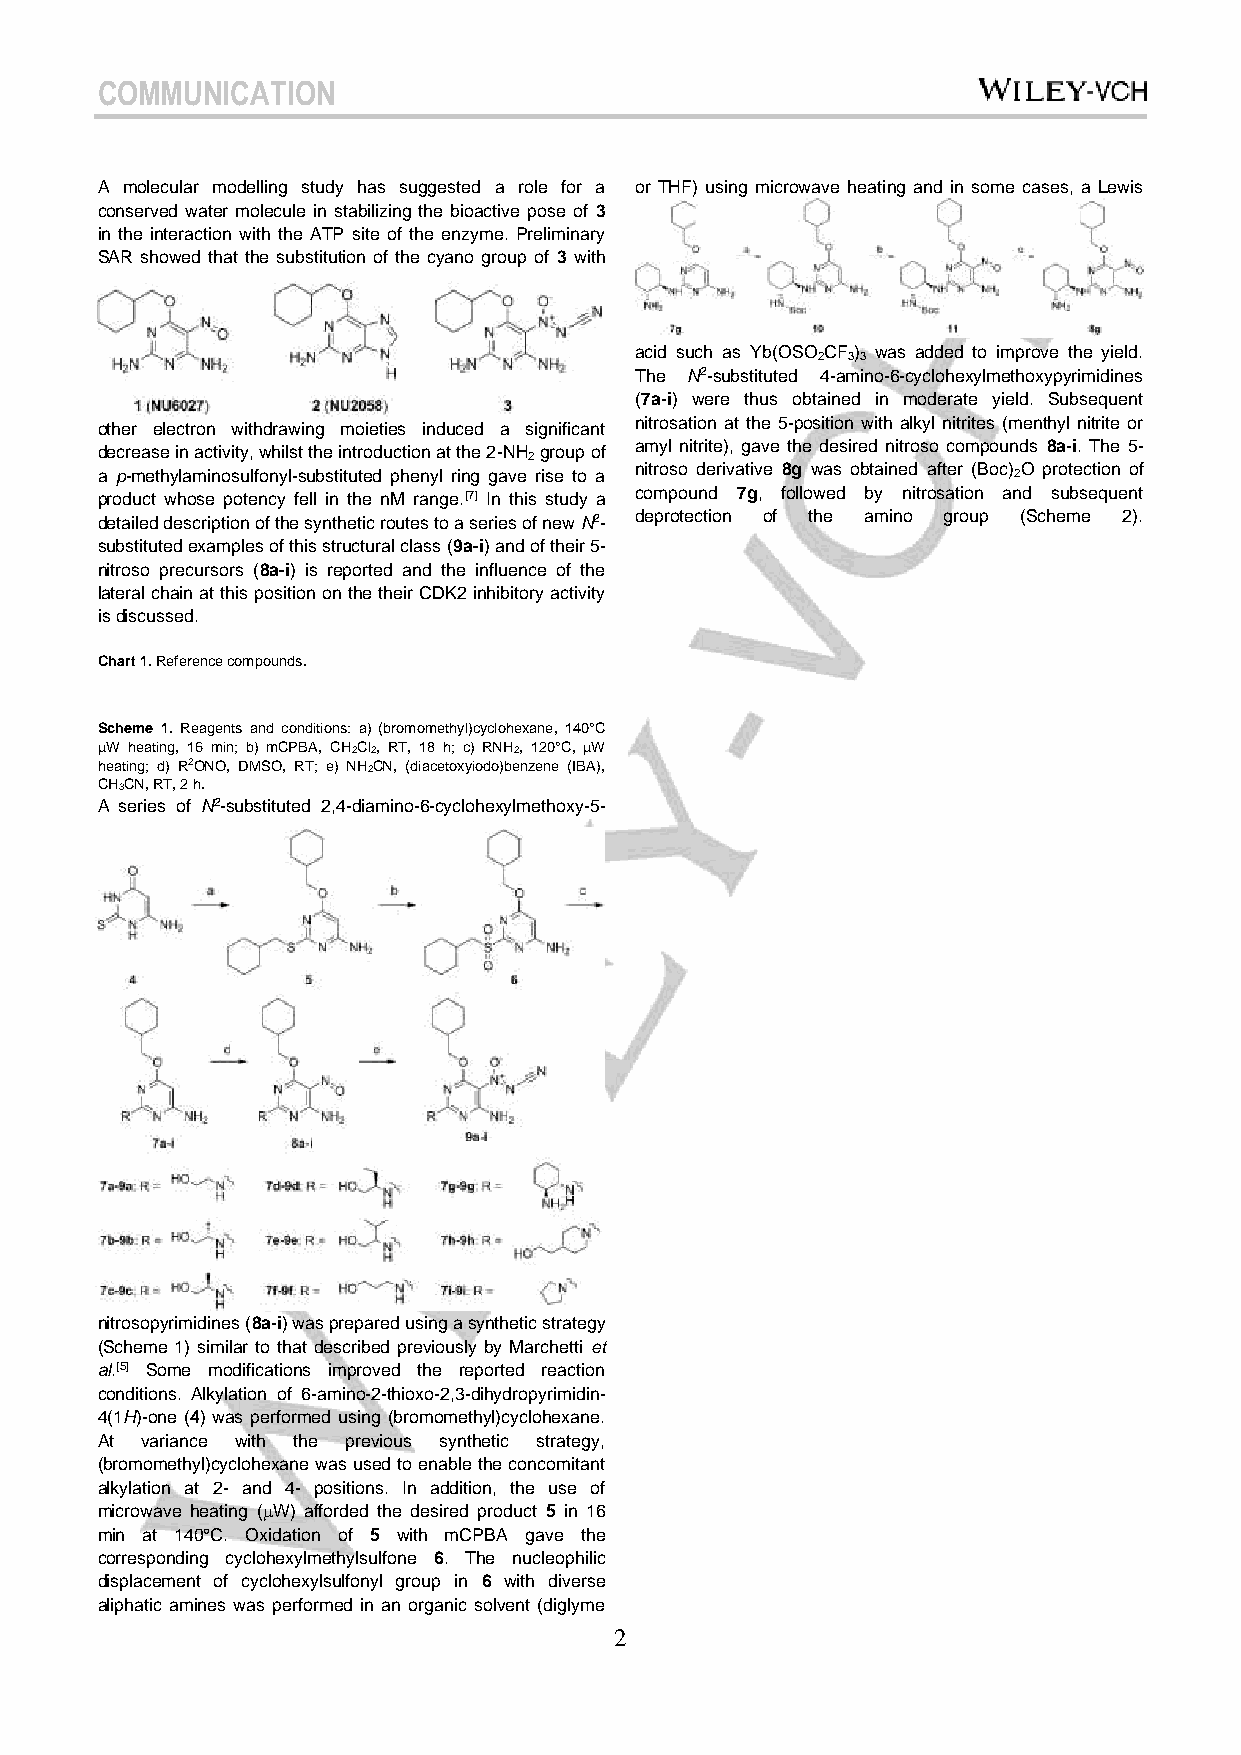
COMMUNICATION
 A molecular modelling study has suggested a role for a or THF) using microwave heating and in some cases, a Lewis
 conserved water molecule in stabilizing the bioactive pose of 3
 in the interaction with the ATP site of the enzyme. Preliminary
 SAR showed that the substitution of the cyano group of 3 with
 acid such as Yb(OSO CF ) was added to improve the yield.
 2 33
 The N2-substituted 4-amino-6-cyclohexylmethoxypyrimidines
 (7a-i) were thus obtained in moderate yield. Subsequent
 other electron withdrawing moieties induced a significant nitrosation at the 5-position with alkyl nitrites (menthyl nitrite or
 amyl nitrite), gave the desired nitroso compounds 8a-i. The 5-
 decrease in activity, whilst the introduction at the 2-NH group of
 2
 nitroso derivative 8g was obtained after (Boc) O protection of
 a p-methylaminosulfonyl-substituted phenyl ring gave rise to a 2
 product whose potency fell in the nM range.[7] In this study a compound 7g, followed by nitrosation and subsequent
 detailed description of the synthetic routes to a series of new N2- deprotection of the amino group (Scheme 2).
 substituted examples of this structural class (9a-i) and of their 5-
 nitroso precursors (8a-i) is reported and the influence of the
 lateral chain at this position on the their CDK2 inhibitory activity
 is discussed.
 Chart 1. Reference compounds.
 Scheme 1. Reagents and conditions: a) (bromomethyl)cyclohexane, 140°C
 W heating, 16 min; b) mCPBA, CH2Cl2, RT, 18 h; c) RNH2, 120°C, W
 heating; d) R2ONO, DMSO, RT; e) NH2CN, (diacetoxyiodo)benzene (IBA),
 CH3CN, RT, 2 h.
 A series of N2-substituted 2,4-diamino-6-cyclohexylmethoxy-5-
 nitrosopyrimidines (8a-i) was prepared using a synthetic strategy
 (Scheme 1) similar to that described previously by Marchetti et
 al.[5] Some modifications improved the reported reaction
 conditions. Alkylation of 6-amino-2-thioxo-2,3-dihydropyrimidin-
 4(1H)-one (4) was performed using (bromomethyl)cyclohexane.
 At variance with the previous synthetic strategy,
 (bromomethyl)cyclohexane was used to enable the concomitant
 alkylation at 2- and 4- positions. In addition, the use of
 microwave heating (W) afforded the desired product 5 in 16
 min at 140°C. Oxidation of 5 with mCPBA gave the
 corresponding cyclohexylmethylsulfone 6. The nucleophilic
 displacement of cyclohexylsulfonyl group in 6 with diverse
 aliphatic amines was performed in an organic solvent (diglyme
 2